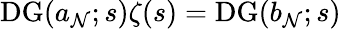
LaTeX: \operatorname{DG}(a_{\mathcal{N}};s)\zeta(s)=\operatorname{DG}(b_{\mathcal{N}};s)